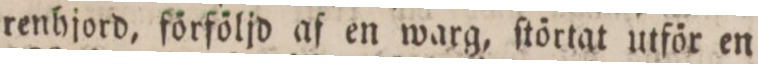
renhjord, förföljd af en warg, ſtörtat utför en